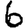
Digit: 6